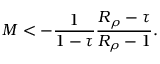
{ \cal M } < - \frac { 1 } { 1 - \tau } \frac { R _ { \rho } - \tau } { R _ { \rho } - 1 } .